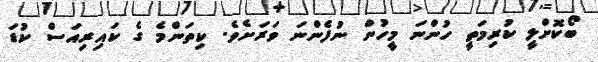
ބޯކޮށްލީ ކުރިމަތީ ހުންނަ މީހުން ނުފެންނަ ވަރަށެވެ. ކިތަންމެ ގެ ކައިރިއަސް ކުޑަ